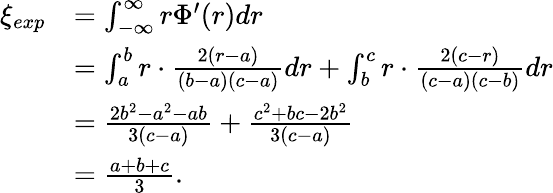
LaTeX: \begin{array}{rl}{\xi_{exp}}&{=\int_{-\infty}^{\infty}r{\Phi}^{\prime}(r)dr}\\ &{=\int_{a}^{b}r\cdot\frac{2(r-a)}{(b-a)(c-a)}dr+\int_{b}^{c}r\cdot\frac{2(c-r)}{(c-a)(c-b)}dr}\\ &{=\frac{2b^{2}-a^{2}-ab}{3(c-a)}+\frac{c^{2}+bc-2b^{2}}{3(c-a)}}\\ &{=\frac{a+b+c}{3}.}\end{array}